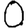
Digit: 0